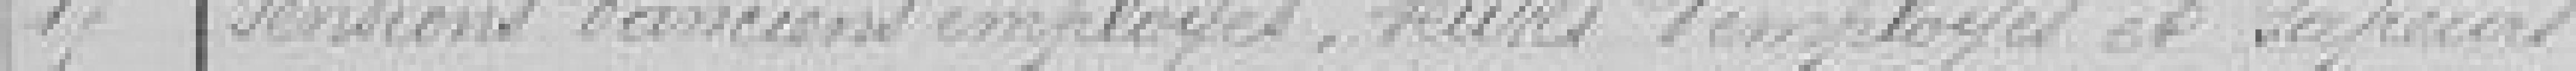
17 Pensions d'anciens employés, veuves d'employés et sapeurs